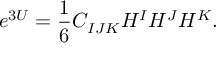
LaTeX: e ^ { 3 U } = { \frac { 1 } { 6 } } C _ { I J K } H ^ { I } H ^ { J } H ^ { K } .